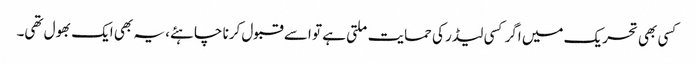
کسی بھی تحریک میں اگر کسی لیڈر کی حمایت ملتی ہے تو اسے قبول کرنا چاہئے، یہ بھی ایک بھول تھی۔